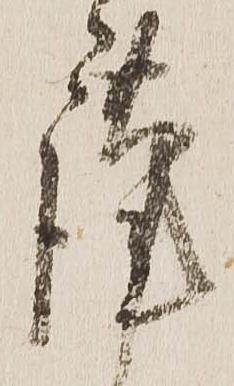
謹